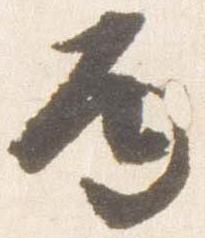
丙